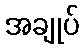
အချုပ်